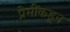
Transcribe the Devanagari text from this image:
प्रेमींकडून